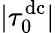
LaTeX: |\tau_{0}^{\mathrm{dc}}|